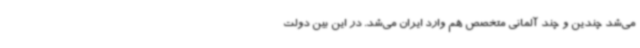
می‌شد چندین و چند آلمانی متخصص هم وارد ایران می‌شد. در این بین دولت